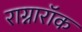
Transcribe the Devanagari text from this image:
राग्नारॉक